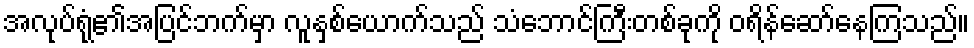
အလုပ်ရုံ၏အပြင်ဘက်မှာ လူနှစ်ယောက်သည် သံဘောင်ကြီးတစ်ခုကို ဝရိန်ဆော်နေကြသည်။